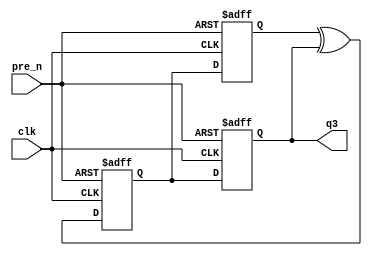
    module lfsrb1 (q3, clk, pre_n);
      output q3; 
      input  clk, pre_n; 
      reg    q3, q2, q1; 
      wire   n1; 
 
      assign n1 = q1 ^ q3; 
 
      always @(posedge clk or negedge pre_n) 
        if (!pre_n)  
           begin 
              q3 = 1'b1; 
              q2 = 1'b1; 
              q1 = 1'b1; 
           end 
        else  
            begin 
             q3 = q2; 
             q2 = n1; 
             q1 = q3; 
            end 
    endmodule 
     module lfsrb2 (q3, clk, pre_n);
      output q3; 
      input  clk, pre_n; 
      reg    q3, q2, q1; 
 
      always @(posedge clk or negedge pre_n) 
        if (!pre_n) {q3,q2,q1} = 3'b111; 
        else        {q3,q2,q1} = {q2,(q1^q3),q3}; 
    endmodule